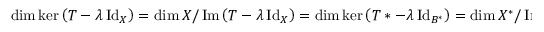
\dim \ker \left( T - \lambda \operatorname { I d } _ { X } \right) = \dim X / \operatorname { I m } \left( T - \lambda \operatorname { I d } _ { X } \right) = \dim \ker \left( T * - \lambda \operatorname { I d } _ { B ^ { * } } \right) = \dim X ^ { * } / \operatorname { I m } \left( T ^ { * } - \lambda \operatorname { I d } _ { X ^ { * } } \right)